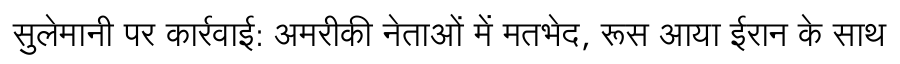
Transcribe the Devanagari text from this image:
सुलेमानी पर कार्रवाई: अमरीकी नेताओं में मतभेद, रूस आया ईरान के साथ